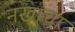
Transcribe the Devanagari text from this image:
नखांचा